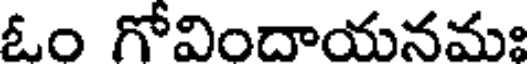
ఓం గోవిందాయనమః